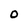
Character: 0